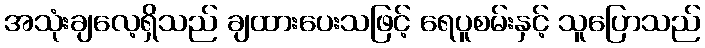
အသုံးချလေ့ရှိသည် ချထားပေးသဖြင့် ရေပူစမ်းနှင့် သူပြောသည်